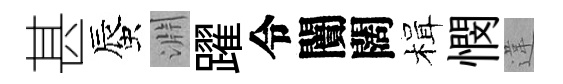
甚蜃淵躍令闠闊楫憫違